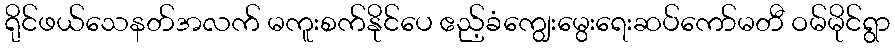
ရိုင်ဖယ်သေနတ်အလက် မကူးစက်နိုင်ပေ ဧည့်ခံကျွေးမွေးရေးဆပ်ကော်မတီ ဝမ်မိုင်ရွာ